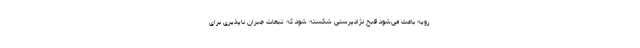
رویه باعث می‌شود قبحِ نژادپرستی شکسته شود که تبعات جبران ناپذیری برای